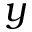
y